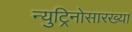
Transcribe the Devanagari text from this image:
न्युट्रिनोसारख्या